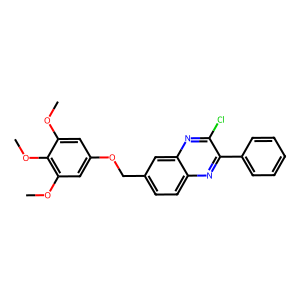
SMILES: COc1cc(OCc2ccc3nc(-c4ccccc4)c(Cl)nc3c2)cc(OC)c1OC
Inhibits HIV replication: No